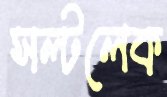
সল্টলেক